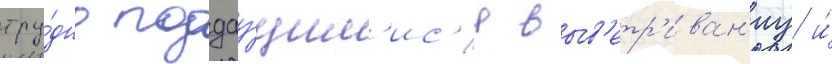
тру́дно поддау́щим'ис'я выв'етр'иван'иу и́